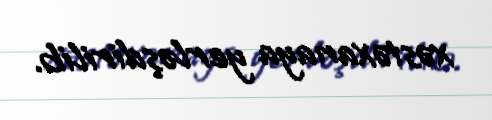
xəstəxanaya yerləşdirilib.